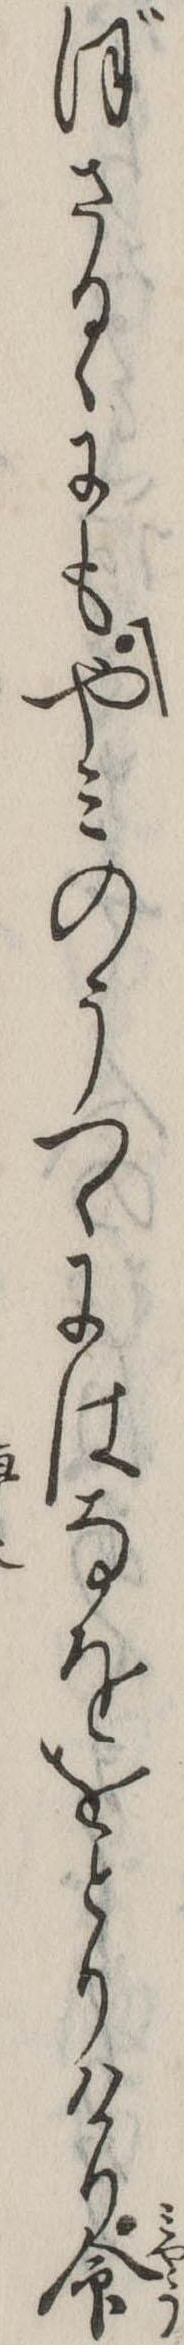
ぼさるゝにもやみのうつゝにはなををとりけり命